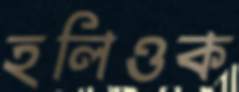
হলিওক